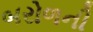
બરોળની